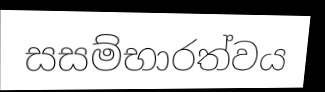
සසම්භාරත්වය